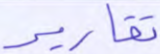
تقارير